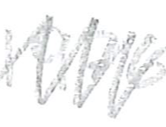
Text: 1976,
Cross-out: zig-zag
Writing tool: pencil